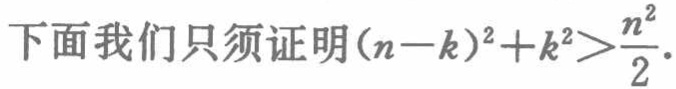
下面我们只须证明\((n - k)^2 + k^2 > \frac{n^2}{2}\).